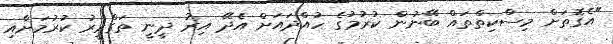
"އެގޮތަށް މިސްކިތްތައް ބޭނުން ކުރުމުގެ ހުއްދައަށް އެދޭ އިރު ދީނީ ތަގްރީރު ކުރުމަށާއި